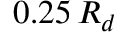
0 . 2 5 \, R _ { d }